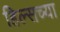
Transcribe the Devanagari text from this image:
हिल्सच्या